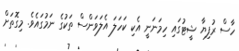
ހާސް ރުފިޔާ ޝީޓުގައި ހިމަނަނީ އެކި ކަހަލަ އެލަވަންސް ތަކުގެ ނަމުގައެވެ. މިގޮތަށް